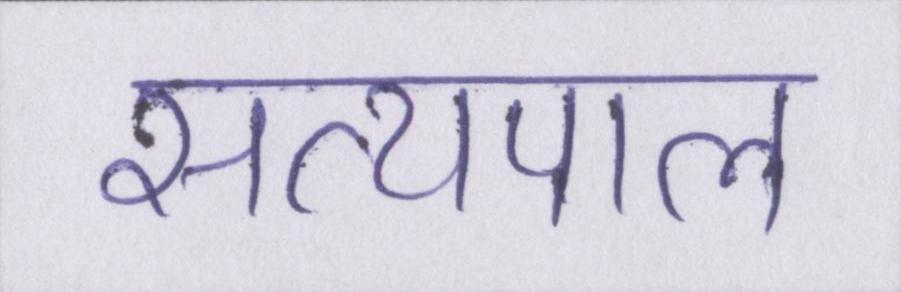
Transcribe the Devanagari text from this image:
सत्यपाल